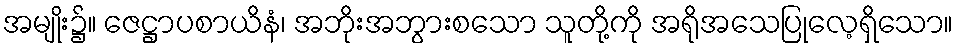
အမျိုး၌။ ဇေဋ္ဌာပစာယိနံ၊ အဘိုးအဘွားစသော သူတို့ကို အရိုအသေပြုလေ့ရှိသော။